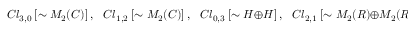
C l _ { 3 , 0 } ~ [ \sim M _ { 2 } ( { \cal C } ) ] ~ , ~ ~ ~ C l _ { 1 , 2 } ~ [ \sim M _ { 2 } ( { \cal C } ) ] ~ , ~ ~ ~ C l _ { 0 , 3 } ~ [ \sim { \cal H } \oplus { \cal H } ] ~ , ~ ~ ~ C l _ { 2 , 1 } ~ [ \sim M _ { 2 } ( { \cal R } ) \oplus M _ { 2 } ( { \cal R } ) ] ~ .